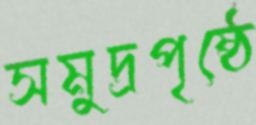
সমুদ্রপৃষ্ঠে